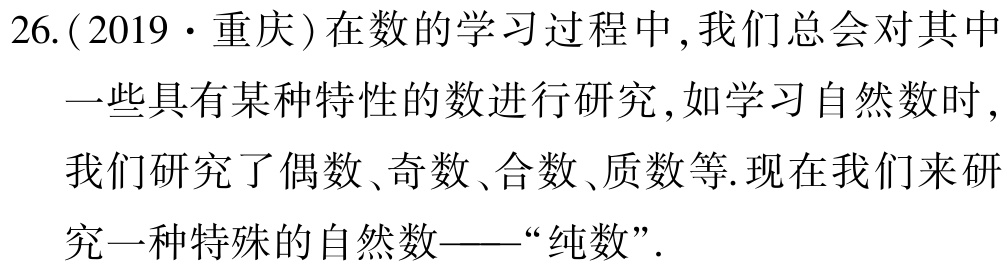
26.(2019·重庆)在数的学习过程中,我们总会对其中
一些具有某种特性的数进行研究,如学习自然数时,
我们研究了偶数、奇数、合数、质数等.现在我们来研
究一种特殊的自然数——“纯数”.